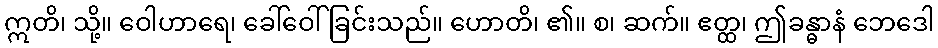
ဣတိ၊ သို့။ ဝေါဟာရေ၊ ခေါ်ဝေါ်ခြင်းသည်။ ဟောတိ၊ ၏။ စ၊ ဆက်။ ဧတ္ထ၊ ဤခန္ဓာနံ ဘေဒေါ